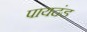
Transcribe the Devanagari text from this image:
पायदंड